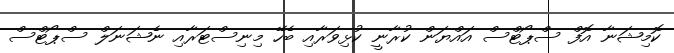
ކޮމިޝަނާ އޮފް ސްޕޯޓްސް އައްޔަން ކުރާނީ ކުޅިވަރާއި ބެހޭ މިނިސްޓަރާއި ނެޝަނަލް ސްޕޯޓްސް